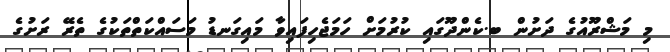
މި މަޝްރޫއުގެ ދަށުން ބ.ކެންދޫގައި ކުރުމަށް ހަމަޖެހިފައިވާ މައިގަނޑު މަސައްކަތްތަކުގެ ތެރޭ ރަށުގެ